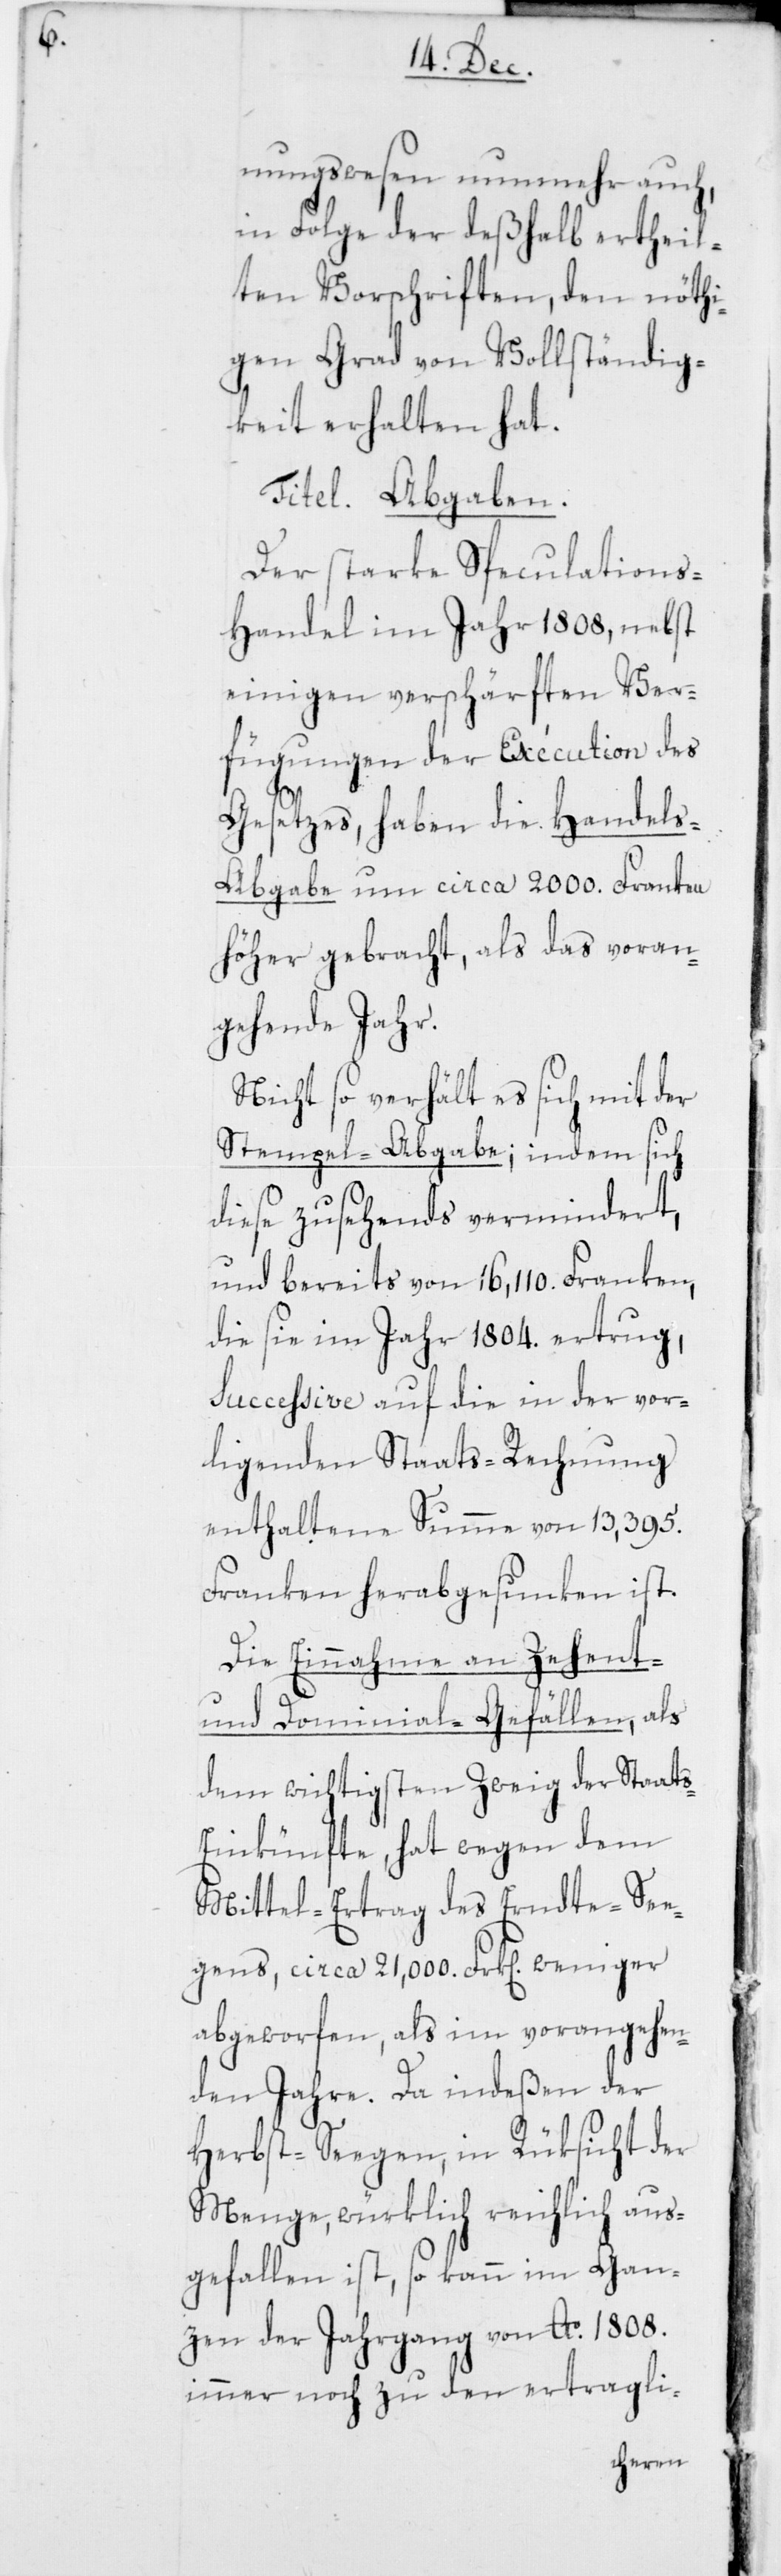
nungswesen nunmehr auch,
in Folge der deßhalb ertheil¬
ten Vorschriften, den nöthi¬
gen Grad von Vollständig¬
keit erhalten hat.
Titel. Abgaben.
Der starke Speculation¬
s-Handel im Jahr 1808, nebst
einigen verschärften Ver¬
fügungen der Exécution des
Gesetzes, haben die Handel¬
s-Abgabe um circa 2000. Franken
höher gebracht, als das voran¬
gehende Jahr.
Nicht so verhält es sich mit der
Stempel-Abgabe; indem sich
diese zusehends vermindert,
und bereits von 16,110. Franken,
die sie im Jahr 1804. ertrug,
successive auf die in der vor¬
ligenden Staats-Rechnung
enthaltene Summe von 13,395.
Franken herabgesunken ist.
Die Einnahme an Zehent-
und Dominial-Gefällen, als
dem wichtigsten Zweyg der Staats-E¬
inkünfte, hat wegen dem
Mittel-Ertrag des Erndte-Se¬
gens, circa 21,000. Frk[en]. weniger
abgeworfen, als im vorangehen¬
den Jahre. Da indeßen der
Herbst-Segen, in Rüksicht der
Menge, würklich reichlich aus¬
gefallen ist, so kann im Gan¬
zen der Jahrgang von Ao. 1808.
immer noch zu den ertragli-